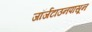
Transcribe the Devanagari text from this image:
जॉर्जटाउनपासून